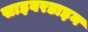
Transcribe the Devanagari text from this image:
साइबरडाइन